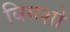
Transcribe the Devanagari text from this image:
बिगशो